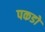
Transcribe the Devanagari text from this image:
पकडो